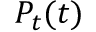
P _ { t } ( t )